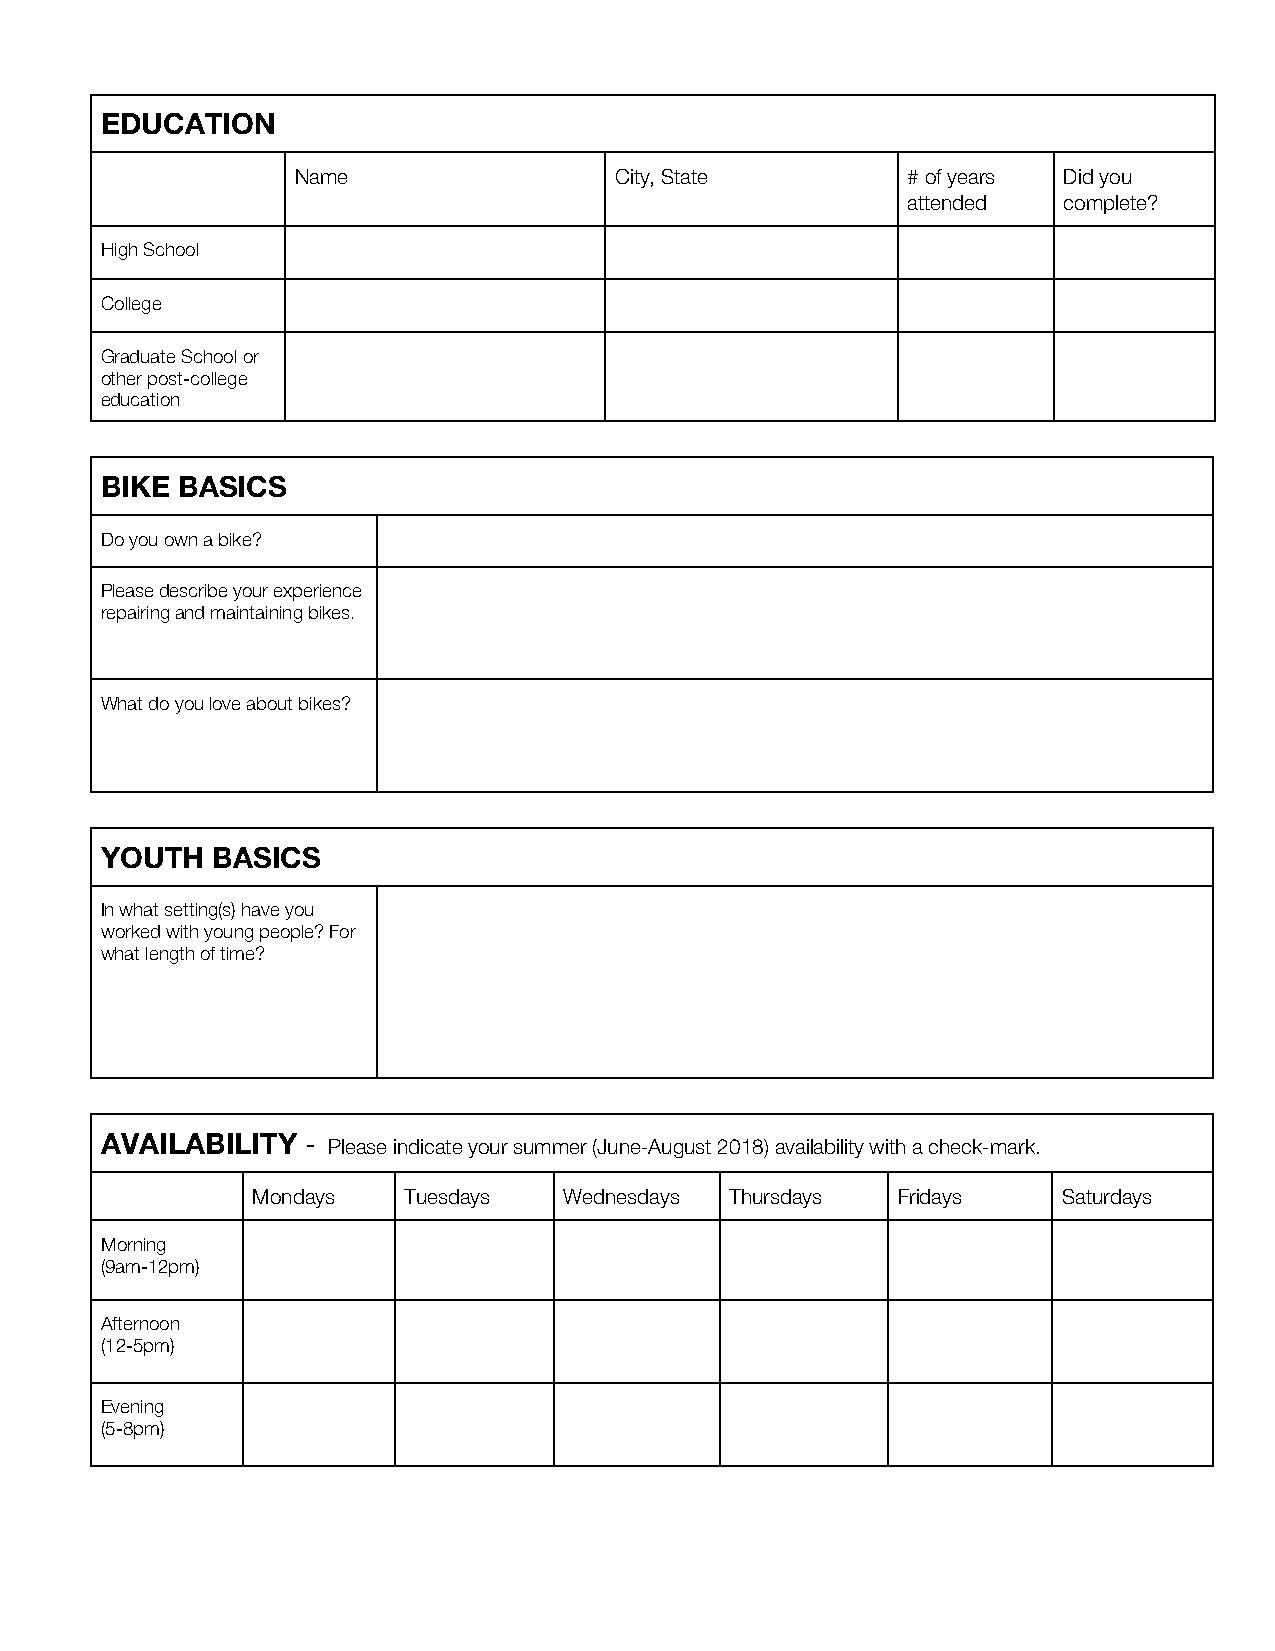
EDUCATION
 Name                 City, State        # of years Did you
 attended  complete?
 High School
 College
 Graduate School or
 other post-college
 education
 BIKE BASICS
 Do you own a bike?
 Please describe your experience
 repairing and maintaining bikes.
 What do you love about bikes?
 YOUTH  BASICS
 In what setting(s) have you
 worked with young people? For
 what length of time?
 AVAILABILITY - Please indicate your summer (June-August 2018) availability with a check-mark.
 ​ ​
 Mondays   Tuesdays  Wednesdays Thursdays  Fridays    Saturdays
 Morning
 (9am-12pm)
 Afternoon
 (12-5pm)
 Evening
 (5-8pm)